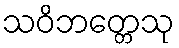
သဝိဘတ္တေသု